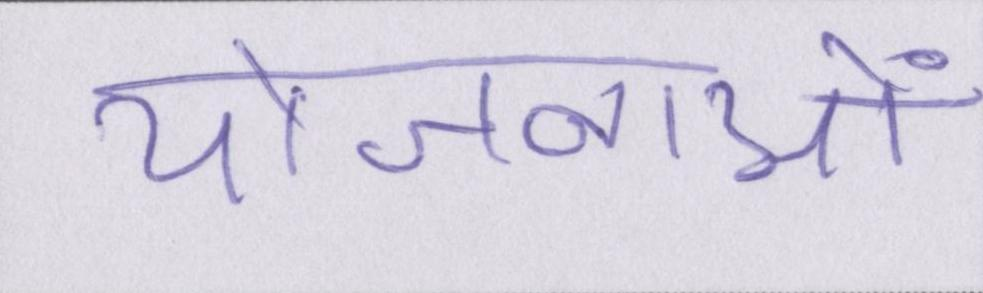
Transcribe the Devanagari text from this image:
योजनाओं